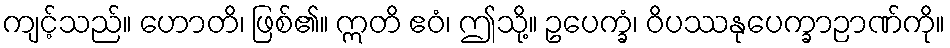
ကျင့်သည်။ ဟောတိ၊ ဖြစ်၏။ ဣတိ ဧဝံ၊ ဤသို့။ ဥပေက္ခံ၊ ဝိပဿနုပေက္ခာဉာဏ်ကို။